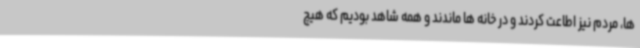
ها، مردم نیز اطاعت کردند و در خانه ها ماندند و همه شاهد بودیم که هیچ